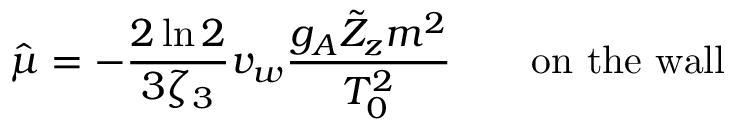
{ \hat { \mu } } = - \frac { 2 \ln 2 } { 3 \zeta _ { 3 } } v _ { w } { \frac { g _ { A } \tilde { Z } _ { z } m ^ { 2 } } { T _ { 0 } ^ { 2 } } } \qquad \mathrm { o n } \, \, \mathrm { t h e } \, \, \mathrm { w a l l }